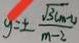
y = \pm \frac { \sqrt { 3 ( m - 1 } ) } { m - 2 }